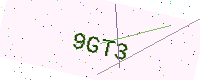
Text: 9GT3